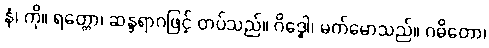
နံ၊ ကို။ ရတ္တော၊ ဆန္ဒရာဂဖြင့် တပ်သည်။ ဂိဒ္ဓေါ၊ မက်မောသည်။ ဂဓိတော၊